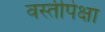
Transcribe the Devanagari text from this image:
वस्तीपेक्षा